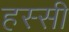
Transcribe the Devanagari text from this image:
हस्सी